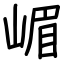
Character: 嵋